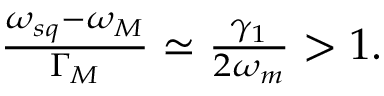
\begin{array} { r } { \frac { \omega _ { s q } - \omega _ { M } } { \Gamma _ { M } } \simeq \frac { \gamma _ { 1 } } { 2 \omega _ { m } } > 1 . } \end{array}